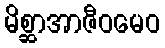
မိစ္ဆာအာဇီဝမေဝ